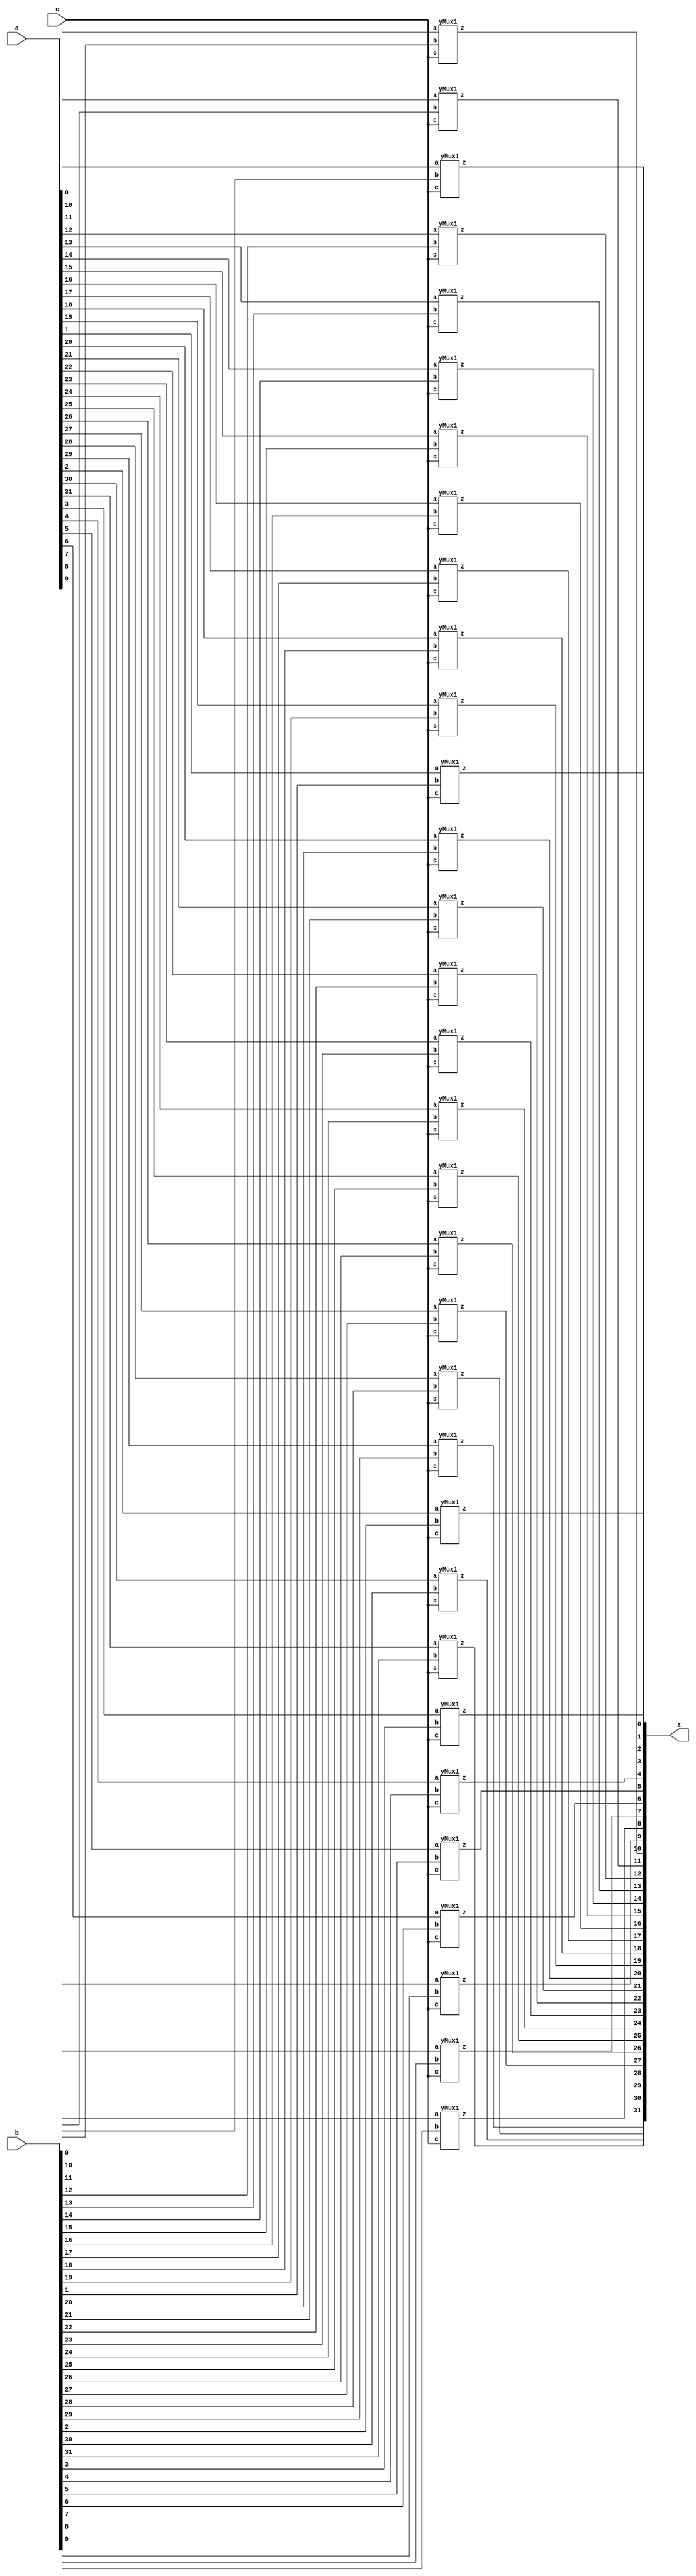
module yMux(z, a, b, c);
    parameter SIZE=32;        //similar to FINAL in java
    output [SIZE-1:0] z;
    input [SIZE-1:0] a,b;
    input c;
    yMux1 mine[SIZE-1:0](z,a,b,c);
endmodule 

module yMux1(z,a,b,c);
    output z;                   //1 bit wire
    input a, b, c;              //1 bit wires
    wire notC, upper, lower; 
    not (notC, c);              //notC=~c
    and upperAnd(lower,a,notC);    //lower= a & ~c
    and lowerAnd(upper, c,b) ;       //upper=c & b
    or (z, upper, lower);            //z= upper | lower
endmodule

module yMux4to1(z, a0,a1,a2,a3, c);
    parameter SIZE = 2;
    output [SIZE-1:0] z;
    input [SIZE-1:0] a0, a1, a2, a3;
    input [1:0] c;
    wire [SIZE-1:0] zLo, zHi;
    yMux #(SIZE) lo(zLo, a0, a1, c[0]);
    yMux #(SIZE) hi(zHi, a2, a3, c[0]);
    yMux #(SIZE) final(z, zLo, zHi, c[1]);
endmodule 

module yAdder1(z, cout, a, b, cin);     //z= (a xor b) xor cin    |    cout=((a xor b)&cin) or (a&b)
    output z, cout;
    input a, b, cin;
    xor left_xor(tmp, a, b);
    xor right_xor(z, cin, tmp);
    and left_and(outL, a, b);
    and right_and(outR, tmp, cin);
    or my_or(cout, outR, outL);
endmodule 

module yAdder(z, cout, a, b, cin);
    parameter SIZE=2;
    output [SIZE-1:0] z;
    output cout;
    input [SIZE-1:0] a, b;
    input cin;
    wire[SIZE-1:0] in, out;
    yAdder1 mine[SIZE-1:0](z, out, a, b, in);
    assign in[0] = cin;
    assign in[SIZE-1:1] = out[SIZE-2:0]; 
    assign cout=out[SIZE-1];
endmodule

module yArith(z, cout, a, b, ctrl);
    output [31:0] z;
    output cout;
    input [31:0] a, b;
    input ctrl;
    wire [31:0] notB, tmp;
    wire cin;
    assign cin=ctrl;
    not NOTB[31:0] (notB, b);
    yMux #(32) mux(tmp, b, notB, cin);
    yAdder #(32)adder(z, cout, a, tmp, cin);
endmodule 

module yAlu(z, ex, a, b, op); 
    input [31:0] a, b; 
    input [2:0] op; 
    output [31:0] z; 
    output ex; 
    wire [31:0] andi, ori, arith, sub, slt;
    wire condition;
    assign slt[31:1] = 0;  
    wire [15:0] z16;
    wire [7:0]  z8;
    wire [3:0]  z4;
    wire [1:0]  z2;
    wire z1;
    //and-----------------------------------------
    and myAnd[31:0](andi, a, b);

    //or------------------------------------------
    or  myOr[31:0](ori, a, b);
    
    //(+-)----------------------------------------
    yArith myArith(arith,null, a, b, op[2]);

    //slt-----------------------------------------
    xor myXor (condition, a[31], b[31]);
    yArith sltArith(sub,null, a, b, 1'b1);
    yMux1  sltMux (slt[0], sub[31], a[31], condition);

    //---------------------------------------------
    //z=operation based on op
    yMux4to1 #(32) myMux (z, andi, ori, arith, slt, op[1:0]);

    //exception-----------------------------------------
    or or16[15:0] (z16, z[15:0], z[31:16]); 
    or or8[7:0]  (z8, z16[7:0], z16[15:8]); 
    or or4[3:0] (z4, z8[3:0], z8[7:4]); 
    or or2[1:0]  (z2, z4[1:0], z4[3:2]); 
    or or1 (z1, z2[0:0], z2[1:1]);
    not noting(ex, z1);

endmodule

module register(z, clk, d, enable);
    parameter n=32;
    input clk, enable;
    input [n-1:0] d;
    reg [n-1:0] q;
    output [n-1:0] z;
    assign z=q;
    always @(posedge clk)begin
       if(enable) q<=d;
    end
endmodule

module mem(memOut, address, memIn, clk, read, write);
    parameter DEBUG = 0;

    parameter CAPACITY = 16'hffff;
    input clk, read, write;
    input [31:0] address, memIn;
    output [31:0] memOut;
    reg [31:0] memOut;
        reg [31:0] arr [0:CAPACITY];
        reg fresh = 1;

        always @(read or address or arr[address])
        begin
            if (fresh == 1)
            begin
                fresh = 0;
                $readmemh("ram.dat", arr);
            end

            if (read == 1)
            begin
                if (address[1:0] != 2'b00)
                begin
                    //$display("Unaligned Load Address %d", address); 
                    memOut = 32'hxxxxxxxx;
                end
                else if (address > CAPACITY)
                begin
                    //$display("Address %h out of range %d", address, CAPACITY);
                    memOut = 32'hxxxxxxxx;
                end
                else
                begin
                    memOut = arr[address];
                end
            end
        end

        always @(posedge clk)
        begin
            if (write == 1)
            begin
                if (address[1:0] != 2'b00)
                begin
                    //$display("Unaligned Store Address %d", address);
                end
                else if (address > CAPACITY)
                begin
                    $display("Address %d out of range %d", address, CAPACITY);
                end
                else
                begin
                    arr[address] <= memIn;
                    if (DEBUG != 0) $display("MEM: wrote %0dd at address %0dd", memIn, address);
                end
            end
        end
endmodule

module rf(RD1,RD2, RN1,RN2, WN,WD, clk, W);
parameter DEBUG = 0;

input clk, W;
input [4:0] RN1, RN2, WN;
input [31:0] WD;
output [31:0] RD1, RD2;

reg [31:0] RD1, RD2;
reg [31:0] arr [1:31];

always @(RN1 or arr[RN1])
	if (RN1 == 0)
		RD1 = 0;
	else
	begin
		RD1 = arr[RN1];
		if (DEBUG != 0) $display("RF: read %0dd from reg#%0d", RD1, RN1);
	end

always @(RN2 or arr[RN2])
	if (RN2 == 0)
		RD2 = 0;
	else
	begin
		RD2 = arr[RN2];
		if (DEBUG != 0) $display("RF: read %0dd from reg#%0d", RD2, RN2);
	end


always @(posedge clk)
	if (W == 1 && WN != 0)
	begin
		arr[WN] = WD;
		if (DEBUG != 0) $display("RF: wrote %0dd to reg#%0d", WD, WN);
	end

endmodule

module yIF(ins, PC, PCp4, PCin, clk);
    output [31:0] ins, PC, PCp4;
    input [31:0] PCin;
    input clk;
    wire zero;
    wire read, write, enable;
    wire [31:0] a, memIn;
    wire [2:0] op;
    register #(32) pcReg(PC,clk, PCin, enable);
    mem insMem(ins, PC, memIn, clk, read, write);
    yAlu myAlu(PCp4, zero, a, PC, op);
    assign enable = 1'b1;
    assign a = 32'h0004;
    assign op = 3'b010;
    assign read = 1'b1;
    assign write = 1'b0;
endmodule

//extracts the various fields of ins and looks up the needed registers.
module yID(rd1, rd2, immOut, jTarget, branch, ins, wd, RegWrite, clk); 
    output [31:0] rd1, rd2, immOut;
    output [31:0] jTarget;
    output [31:0] branch;
    input [31:0] ins, wd;
    input RegWrite, clk;
    wire [19:0] zeros, ones; // For I-Type and SB-Type
    wire [11:0] zerosj, onesj; // For UJ-Type
    wire [31:0] imm, saveImm; // For S-Type
    rf myRF(rd1, rd2, ins[19:15], ins[24:20], ins[11:7], wd, clk, RegWrite);
    assign imm[11:0] = ins[31:20];
    assign zeros = 20'h00000;
    assign ones = 20'hFFFFF;
    yMux #(20) se(imm[31:12], zeros, ones, ins[31]);
    assign saveImm[11:5] = ins[31:25];
    assign saveImm[4:0] = ins[11:7];
    yMux #(20) saveImmSe(saveImm[31:12], zeros, ones, ins[31]);
    yMux #(32) immSelection(immOut, imm, saveImm, ins[5]);
    assign branch[11] = ins[31];
    assign branch[10] = ins[7];
    assign branch[9:4] = ins[30:25];
    assign branch[3:0] = ins[11:8];
    yMux #(20) bra(branch[31:12], zeros, ones, ins[31]);
    assign zerosj = 12'h000;
    assign onesj = 12'hFFF;
    assign jTarget[19] = ins[31];
    assign jTarget[18:11] = ins[19:12];
    assign jTarget[10] = ins[20];
    assign jTarget[9:0] = ins[30:21];
    yMux #(12) jum(jTarget[31:20], zerosj, onesj, jTarget[19]);
endmodule

module yEX(z, zero, rd1, rd2, imm, op, ALUSrc);
    output [31:0] z;
    output zero;
    input [31:0] rd1, rd2, imm;
    input [2:0] op;
    input ALUSrc;

    wire [31:0] b;
    
    yMux #(32) pick(b, rd2, imm, ALUSrc);
    yAlu oop(z, zero, rd1, b, op);

endmodule

module yDM(memOut, exeOut, rd2, clk, MemRead, MemWrite);
    output [31:0] memOut;
    input [31:0] exeOut, rd2;
    input clk, MemRead, MemWrite;
    mem DM(memOut, exeOut, rd2, clk, MemRead, MemWrite); 
endmodule


module yWB(wb, exeOut, memOut, Mem2Reg);
    output [31:0] wb;
    input [31:0] exeOut, memOut;
    input Mem2Reg;
    yMux #(32) WB(wb, exeOut, memOut, Mem2Reg);
endmodule

//DONE
module yPC(PCin, PC, PCp4,INT,entryPoint,branchImm,jImm,zero,isbranch,isjump);
    output [31:0] PCin;
    input [31:0] PC, PCp4, entryPoint, branchImm;
    input [31:0] jImm;
    input INT, zero, isbranch, isjump;
    wire [31:0] branchImmX4, jImmX4, jImmX4PPCp4, bTarget, choiceA, choiceB;
    wire doBranch, zf;
    // Shifting left branchImm twice
    assign branchImmX4[31:2] = branchImm[29:0];
    assign branchImmX4[1:0] = 2'b00;
    // Shifting left jump twice
    assign jImmX4[31:2] = jImm[29:0];
    assign jImmX4[1:0] = 2'b00;
    // adding PC to shifted twice, branchImm
    yAlu bALU(bTarget, zf, PC, branchImmX4, 3'b010);  //PC not PCp4
    // adding PC to shifted twice, jImm
    yAlu jALU(jImmX4PPCp4, zf, PC, jImmX4, 3'b010);  
    // deciding to do branch
    and (doBranch, isbranch, zero);
    yMux #(32) mux1(choiceA, PCp4, bTarget, doBranch);
    yMux #(32) mux2(choiceB, choiceA, jImmX4PPCp4, isjump);
    yMux #(32) mux3(PCin, choiceB, entryPoint, INT);
endmodule

module yC1(isStype, isRtype, isItype, isLw, isjump, isbranch, opCode);
    output isStype, isRtype, isItype, isLw, isjump, isbranch;
    input [6:0] opCode;
    wire lwor, ISselect, JBselect, sbz, sz;
    // opCode
    // lw 0000011
    // I-Type 0010011 
    // R-Type 0110011
    // SB-Type 1100011
    // UJ-Type 1101111
    // S-Type 0100011
    // Detect UJ-type
    assign isjump=opCode[3];
    // Detect lw
    or (lwor, opCode[6], opCode[5], opCode[4], opCode[3], opCode[2]);   //00000
    not (isLw, lwor);
    // Select between S-Type and I-Type
    xor (ISselect, opCode[0], opCode[1], opCode[2], opCode[3], opCode[6]);  
    and (isStype, ISselect, opCode[4]); 
    and (isItype, ISselect, opCode[5]); 
    // Detect R-Type
    and (isRtype, opCode[5], opCode[4]);    //1's
    // Select between JAL and Branch
    and (JBselect, opCode[6], opCode[5]);
    not (sbz, opCode[2]);
    and (isbranch, JBselect, sbz);
endmodule

module yC2(RegWrite, ALUSrc, MemRead, MemWrite, Mem2Reg, isStype, isRtype, isItype, isLw, isjump, isbranch);
    output RegWrite, ALUSrc, MemRead, MemWrite, Mem2Reg;
    input isStype, isRtype, isItype, isLw, isjump, isbranch;
    // You need two or gates and 3 assignments;
    nor (RegWrite, isStype, isbranch); //isLw, isRtype, isItype);
    nor (ALUSrc, isRtype, isbranch);//isStype, isItype);
    assign Mem2Reg=isLw;        //lw
    assign MemRead=isLw;        //lw
    assign MemWrite=isStype;        //sw
endmodule


module yC4(op, ALUop, funct3);
    output [2:0] op;
    input [2:0] funct3;
    input [1:0] ALUop;
    wire xor1, xor2, and1, notALU, notF3;

    xor (xor1, funct3[2], funct3[1]);
    and (and1, xor1, ALUop[1]);
    or (op[2], ALUop[0], and1);

    xor (xor2, funct3[1], funct3[0]);
    and (op[0], ALUop[1], xor2);

    not (notALU, ALUop[1]);
    not (notF3, funct3[1]);
    or (op[1], notF3, notALU);

    // instantiate and connect

endmodule

module yC3(ALUop, isRtype, isbranch);
    output [1:0] ALUop;
    input isRtype, isbranch;
    // build the circuit
    // Hint: you can do it in only 2 lines
    assign ALUop[0]=isbranch;       //01
    assign ALUop[1]=isRtype;        //10
endmodule


module yChip(ins, rd2, wb, entryPoint, INT, clk);
    output [31:0] ins, rd2, wb;
    input [31:0] entryPoint;
    input INT, clk;
    wire [2:0] op;
    wire [6:0] opCode;
    wire [2:0] funct3;
    wire  ALUSrc, MemRead, MemWrite, Mem2Reg, RegWrite, isjump, isbranch;
    wire [31:0] PCin;
    wire [31:0] PC;
    wire [31:0] wd, rd1, imm, ins, PCp4, z;
    wire [31:0] jTarget, branch, memOut;
    wire zero;
    wire [1:0] ALUop;
    wire  isStype, isRtype, isItype, isLw;

    yIF myIF(ins, PC, PCp4, PCin, clk);
    yID myID(rd1, rd2, imm, jTarget, branch, ins, wd, RegWrite, clk);
    yEX myEx(z, zero, rd1, rd2, imm, op, ALUSrc);
    yDM myDM(memOut, z, rd2, clk, MemRead, MemWrite);
    yWB myWB(wb, z, memOut, Mem2Reg);
    assign wd = wb;
    yPC myPC(PCin, PC, PCp4, INT, entryPoint, branch, jTarget, zero, isbranch, isjump);
    assign opCode=ins[6:0];
    yC1 myC1(isStype, isRtype, isItype, isLw, isjump, isbranch, opCode);
    yC2 myC2(RegWrite, ALUSrc, MemRead, MemWrite, Mem2Reg, isStype, isRtype, isItype, isLw, isjump, isbranch);
    yC3 myC3(ALUop, isRtype, isbranch);
    assign funct3=ins[14:12];
    yC4 myC4(op, ALUop, funct3);
endmodule